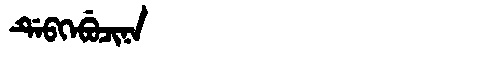
Manchu: ᡩᡝᠪᡴᡝᠪᡠᠴᡳᠨᠠ
Romanization: DEBKEBUCINA